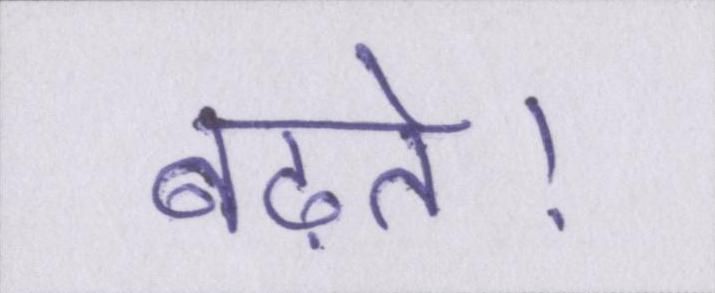
बढ़ते।